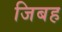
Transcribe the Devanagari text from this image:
जिबह